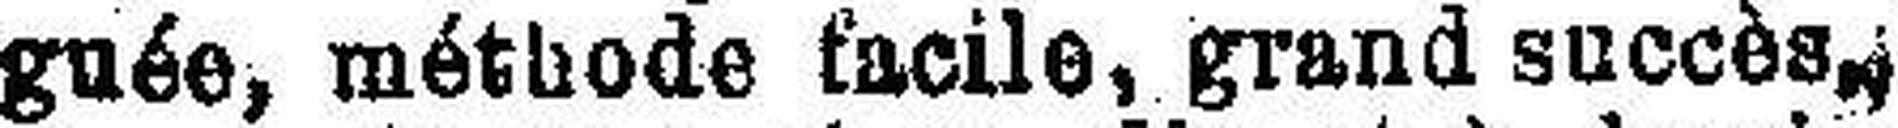
guée, méthode facile, grand succès,